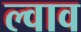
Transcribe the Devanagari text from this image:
ल्वाव